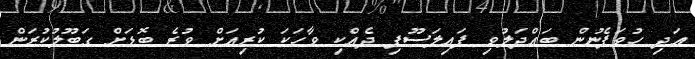
އަދި ހުވަފެނުން ބައްދަލުވި ފައިލަސޫފި ދެއްކި ވާހަކަ ކުރިއަށް ވުރެ ބޮޑަށް ގަބޫލުކުރަން